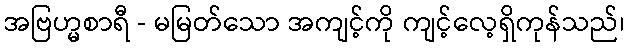
အဗြဟ္မစာရီ - မမြတ်သော အကျင့်ကို ကျင့်လေ့ရှိကုန်သည်၊